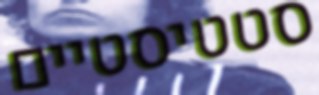
סטטיסטיים